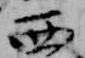
西